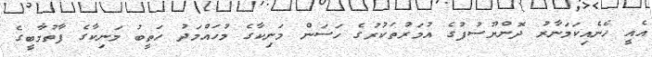
އެއީ ހެނެއިކަމަނާރު ދޮންޔޫސުފުގެ އުމަރުތަކުރުގެ ހަސަން މަނިކާގެ މުހައްމަދު ހަތީބު މަނިކާގެ ފާތުމާބީގެ